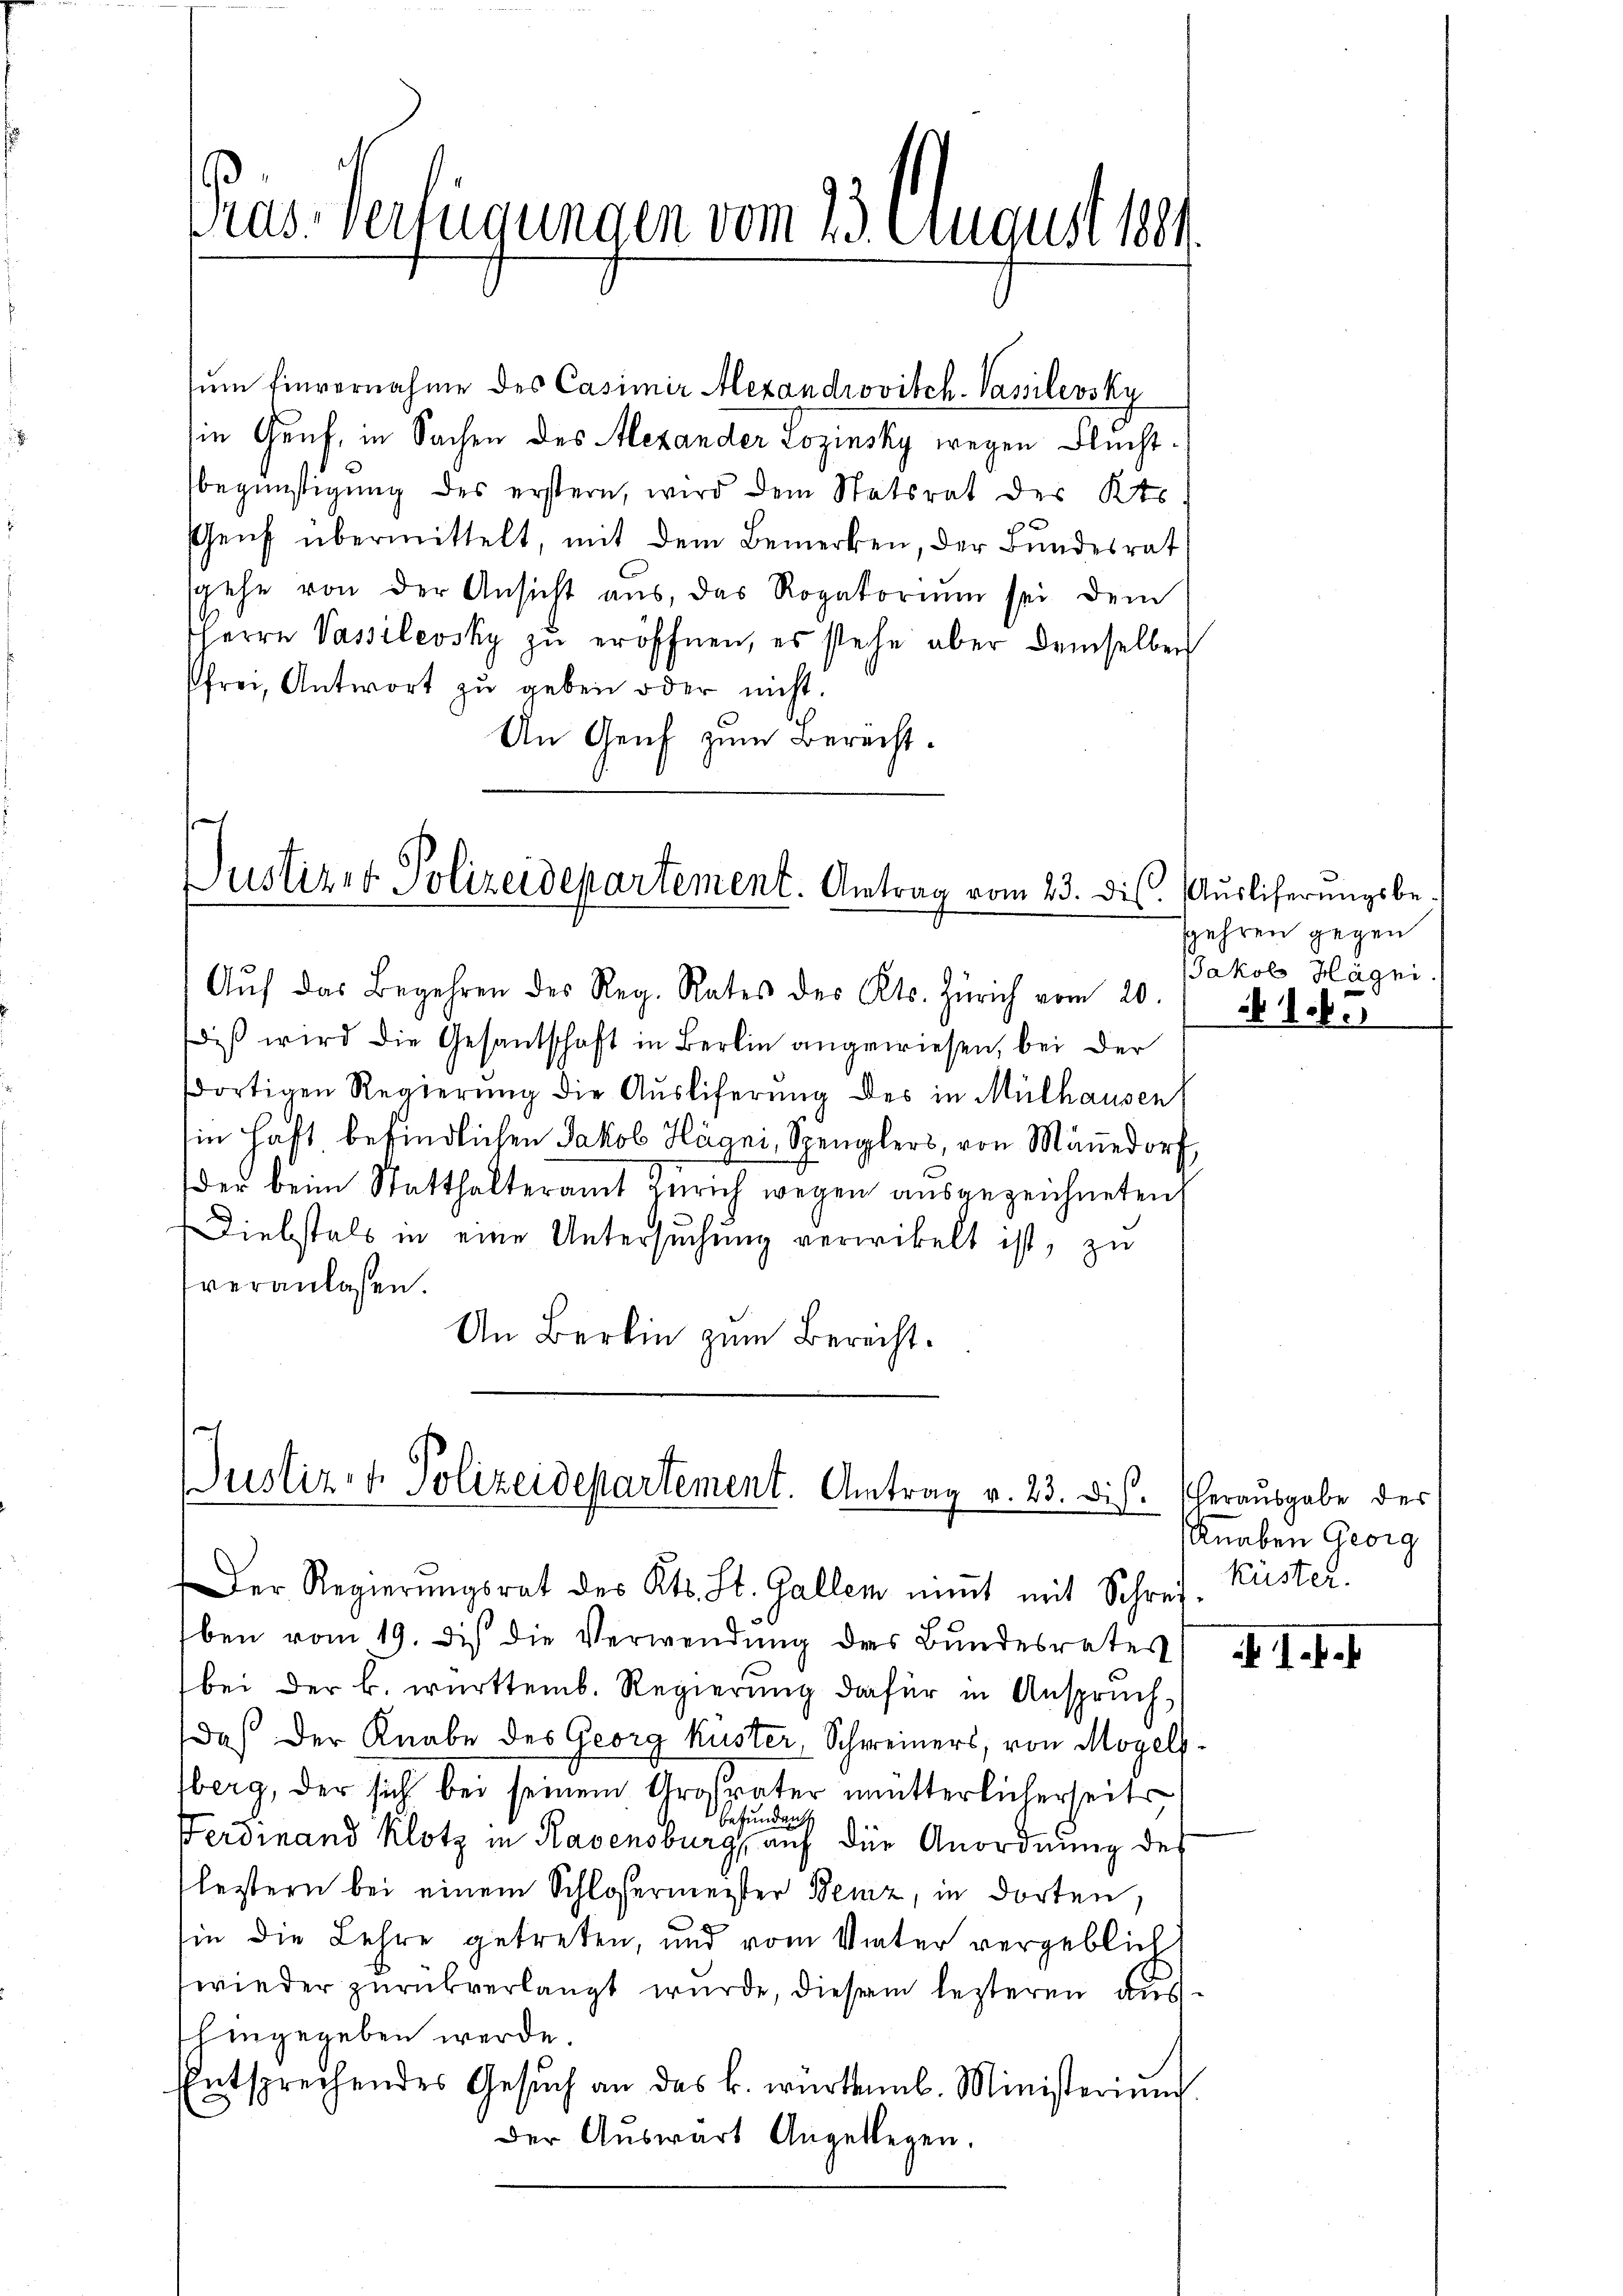
ras-Verfügungen vom 23. August 1881.

sŭm Einvernahme des Casimir Alexandrovitch-Vasilevsky
in Genf, in Sachen des Alexander Lozinsky wegen Fluchtbegünstigung des erstern, wird dem Statsrat des Kts.
Genf übermittelt, mit dem Bemerken, der Bundesrat
sgehe von der Ansicht aus, das Rogatoriŭm sei dem
HHerrn Passilevsky zu eröffnen, es stehe aber demselben
sfrei, Antwort zŭ geben oder nicht
An Genf zum Berecht.

a
Justizer Polizeidepartement. Antrag vom 23. ds. Auslicherungsbe¬

Aŭf das Begehren des Reg. Rates des Kts. Zürich vom 20.
diβ wird die Gesantschaft in Berlin angewiesen, bei der
dortigen Regierŭng die Aŭsliferŭng des in Mülhausen
in Haft befindlichen Jakob Hägni, Spenglers, von Männedorf,
der beim Statthalteramt Zürich wegen ausgezeichneten
Diebstals in eine Untersuchung verwickelt ist, zu
veranlaßen.
An Berlin zum Berecht.

Justiz- & Polizeidepartement. Antrag v. 23. dis.

ben vom 19. des die Verwendung des Bundesrates
bei der b. württemb. Regierung dafür in Anspruch,
Daß der Knabe des Georg Küster, Schweiners, von Mogelsberg, der sich bei seinem Grosvater mütterlicherseits
befunden
Ferdinand Klotz in Ravensburg, auf die Anordnung des
lestern bei einem Schlosermeister Benz, in dorten,
sie die Lehre getreten, und vom Vater vergeblich
wieder zurükverlangt wurde, diesem lezteren aushingegeben werde.
Entsprechendes Gesŭch an das k. würtemb. Ministeriŭm
Der Auswart Angeklagen.

Der Regierŭngsrat des Kts. St. Gallem niṁt mit Schrei-

spahren gegen
Jakob Hägni.

N 1.

herausgabe des
Knaben Georg
küster.

A 1.